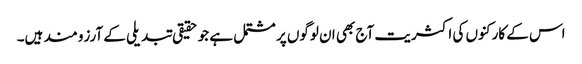
اس کے کارکنوں کی اکثریت آج بھی ان لوگوں پر مشتمل ہے جو حقیقی تبدیلی کے آرزو مند ہیں۔